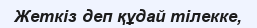
Жеткіз деп құдай тілекке,